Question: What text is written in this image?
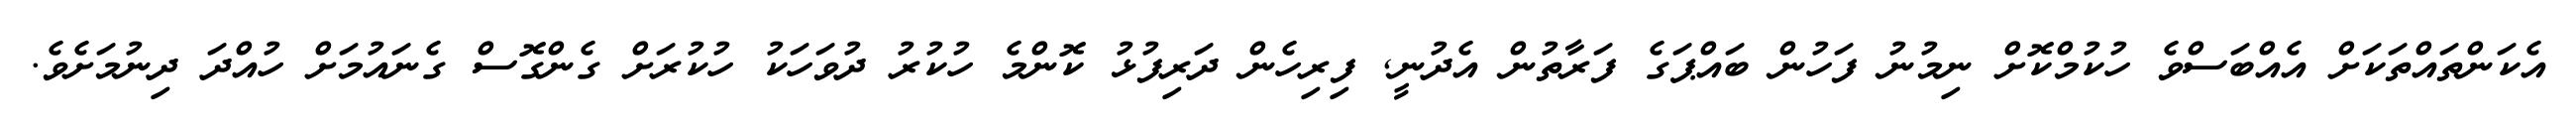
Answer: އެކަންތައްތަކަށް އެއްބަސްވެ ހުކުމްކޮށް ނިމުނު ފަހުން ބައްޕަގެ ފަރާތުން އެދުނީ, ފިރިހެން ދަރިފުޅު ކޮންމެ ހުކުރު ދުވަހަކު ހުކުރަށް ގެންގޮސް ގެނައުމަށް ހުއްދަ ދިނުމަށެވެ.